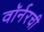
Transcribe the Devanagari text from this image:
वॉर्नरची